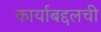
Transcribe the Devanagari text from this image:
कार्याबद्दलची